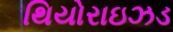
થિયોરાઇઝડ